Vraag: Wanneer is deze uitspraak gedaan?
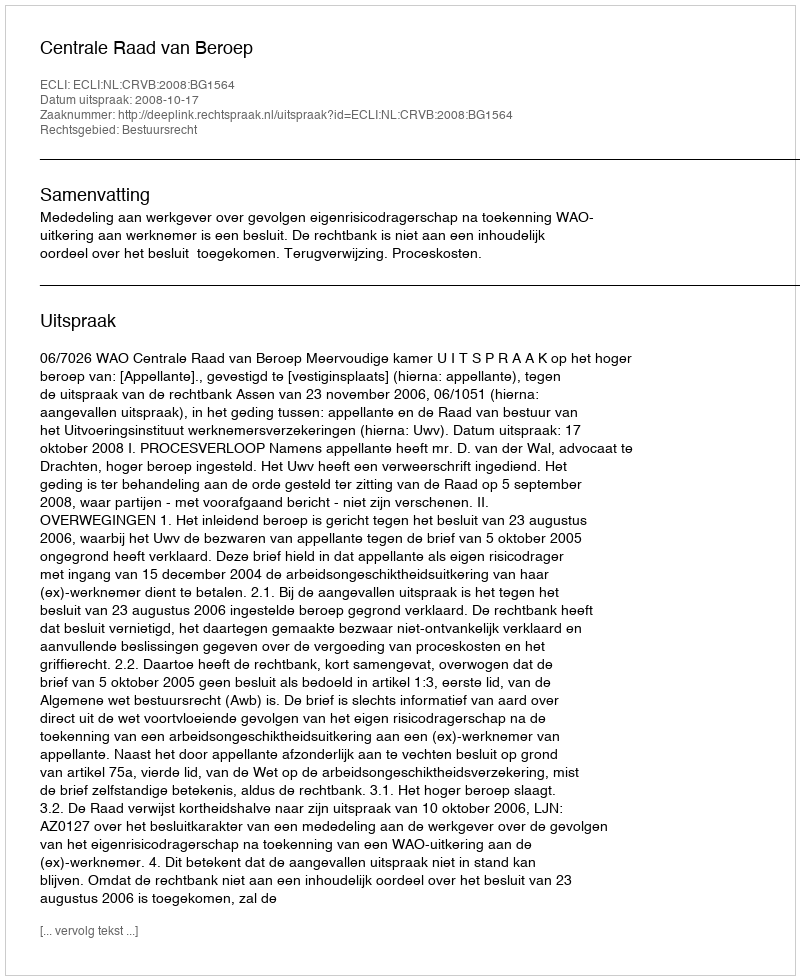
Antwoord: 2008-10-17